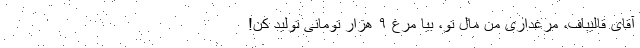
آقای قالیباف، مرغداری من مال تو، بیا مرغ ۹ هزار تومانی تولید کن!